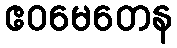
ဧဝမေတေန